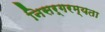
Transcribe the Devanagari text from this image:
निसर्गरम्यता